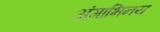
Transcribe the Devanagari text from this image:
अंगाभिनय